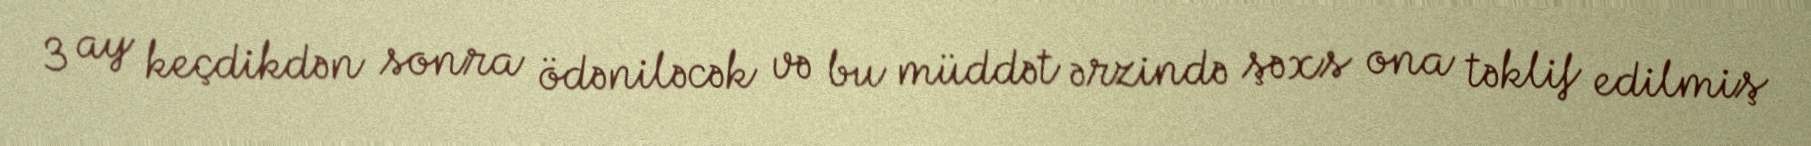
3 ay keçdikdən sonra ödəniləcək və bu müddət ərzində şəxs ona təklif edilmiş